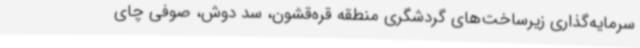
سرمایه‌گذاری زیرساخت‌های گردشگری منطقه قره‌قشون، سد دوش، صوفی چای